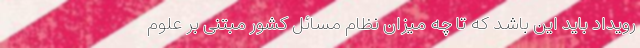
رویداد باید این باشد که تا چه میزان نظام مسائل کشور مبتنی بر علوم